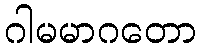
ဂါမမာဂတော